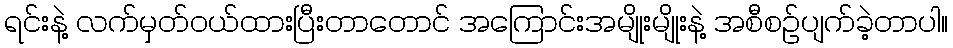
ရင်းနဲ့ လက်မှတ်ဝယ်ထားပြီးတာတောင် အကြောင်းအမျိုးမျိုးနဲ့ အစီစဉ်ပျက်ခဲ့တာပါ။